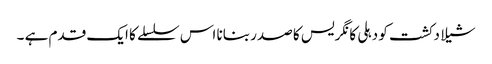
شیلا دکشت کو دہلی کانگریس کا صدر بنانا اس سلسلے کا ایک قدم ہے ۔